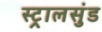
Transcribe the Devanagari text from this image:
स्ट्रालसुंड